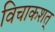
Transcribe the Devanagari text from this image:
विचाकशत्